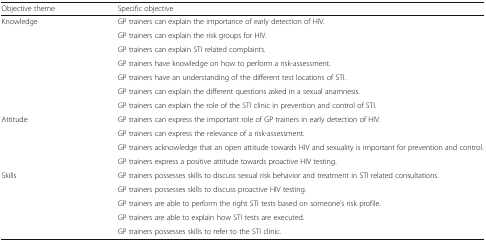
<table><thead><tr><td><b>Objective theme</b></td><td><b>Specific objective</b></td></tr></thead><tbody><tr><td rowspan="4">Knowledge</td><td>GP trainers can explain the importance of early detection of HIV.</td></tr><tr><td>GP trainers can explain the risk groups for HIV.</td></tr><tr><td>GP trainers can explain STI related complaints.</td></tr><tr><td>GP trainers have knowledge on how to perform a risk-assessment.</td></tr><tr><td></td><td>GP trainers have an understanding of the different test locations of STI.</td></tr><tr><td></td><td>GP trainers can explain the different questions asked in a sexual anamnesis.</td></tr><tr><td></td><td>GP trainers can explain the role of the STI clinic in prevention and control of STI.</td></tr><tr><td rowspan="4">Attitude</td><td>GP trainers can express the important role of GP trainers in early detection of HIV.</td></tr><tr><td>GP trainers can express the relevance of a risk-assessment.</td></tr><tr><td>GP trainers acknowledge that an open attitude towards HIV and sexuality is important for prevention and control.</td></tr><tr><td>GP trainers express a positive attitude towards proactive HIV testing.</td></tr><tr><td rowspan="5">Skills</td><td>GP trainers possesses skills to discuss sexual risk behavior and treatment in STI related consultations.</td></tr><tr><td>GP trainers possesses skills to discuss proactive HIV testing.</td></tr><tr><td>GP trainers are able to perform the right STI tests based on someone’s risk profile.</td></tr><tr><td>GP trainers are able to explain how STI tests are executed.</td></tr><tr><td>GP trainers possesses skills to refer to the STI clinic.</td></tr></tbody></table>